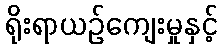
ရိုးရာယဉ်ကျေးမှုနှင့်